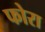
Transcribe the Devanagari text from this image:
फोरा